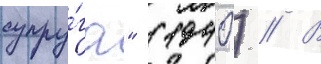
супру́га" (1940) // В